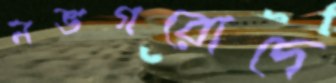
নভগরোদে